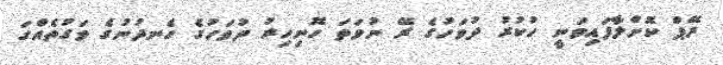
ރޭޕް ކޮށްލާފައިވަނީ ހުކުރު ދުވަހުގެ ރޭ ނުވަތަ ހޮނިހިރު ދުވަހުގެ ހެނދުނުގެ ވަގުތެއްގަ